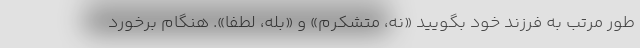
طور مرتب به فرزند خود بگویید «نه، متشکرم» و «بله، لطفاً». هنگام برخورد